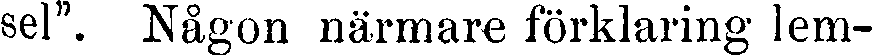
sel". Någon närmare förklaring lem-